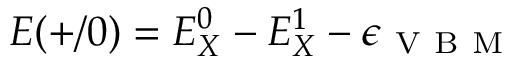
E ( + / 0 ) = E _ { X } ^ { 0 } - E _ { X } ^ { 1 } - \epsilon _ { \mathrm { ~ V ~ B ~ M ~ } }